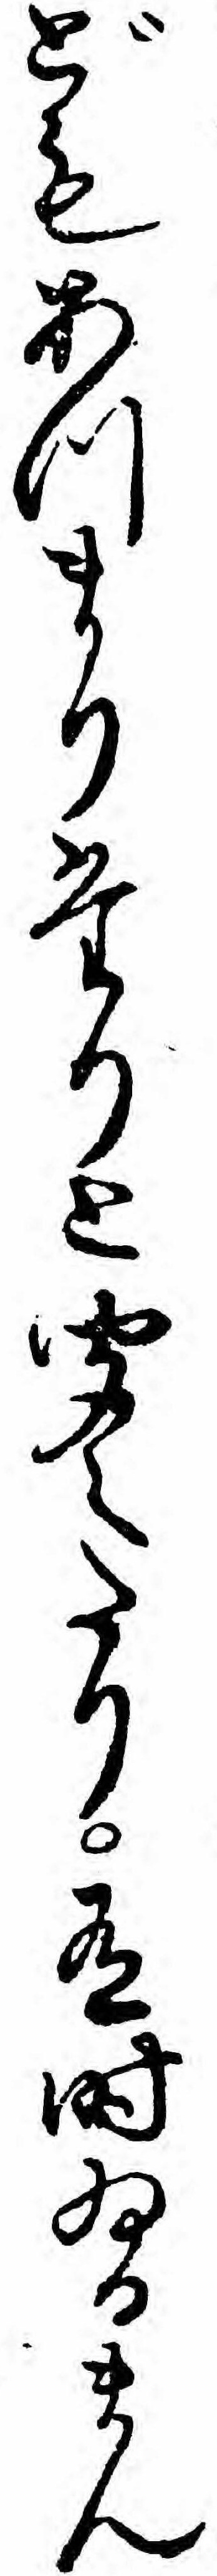
どもあつまりたりと聞えたり有時ゐるまん